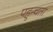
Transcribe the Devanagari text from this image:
पहुन्चता